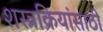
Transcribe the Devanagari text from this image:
शस्त्रक्रियांसाठी